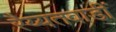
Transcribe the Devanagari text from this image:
रैय्यतवाडीं